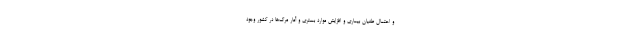
و احتمال طغیان بیماری و افزایش موارد بستری و آمار مرگ‌ها در کشور وجود